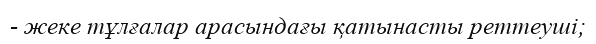
- жеке тұлғалар арасындағы қатынасты реттеуші;